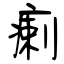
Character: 瘌